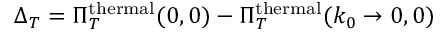
\Delta _ { T } = \Pi _ { T } ^ { \mathrm { t h e r m a l } } ( 0 , 0 ) - \Pi _ { T } ^ { \mathrm { t h e r m a l } } ( k _ { 0 } \rightarrow 0 , 0 )